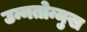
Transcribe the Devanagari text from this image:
उन्नतोन्मुख